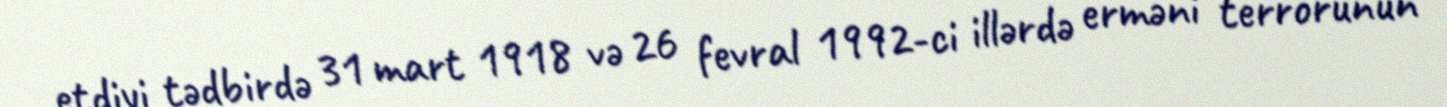
etdiyi tədbirdə 31 mart 1918 və 26 fevral 1992-ci illərdə erməni terrorunun